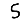
Digit: 5